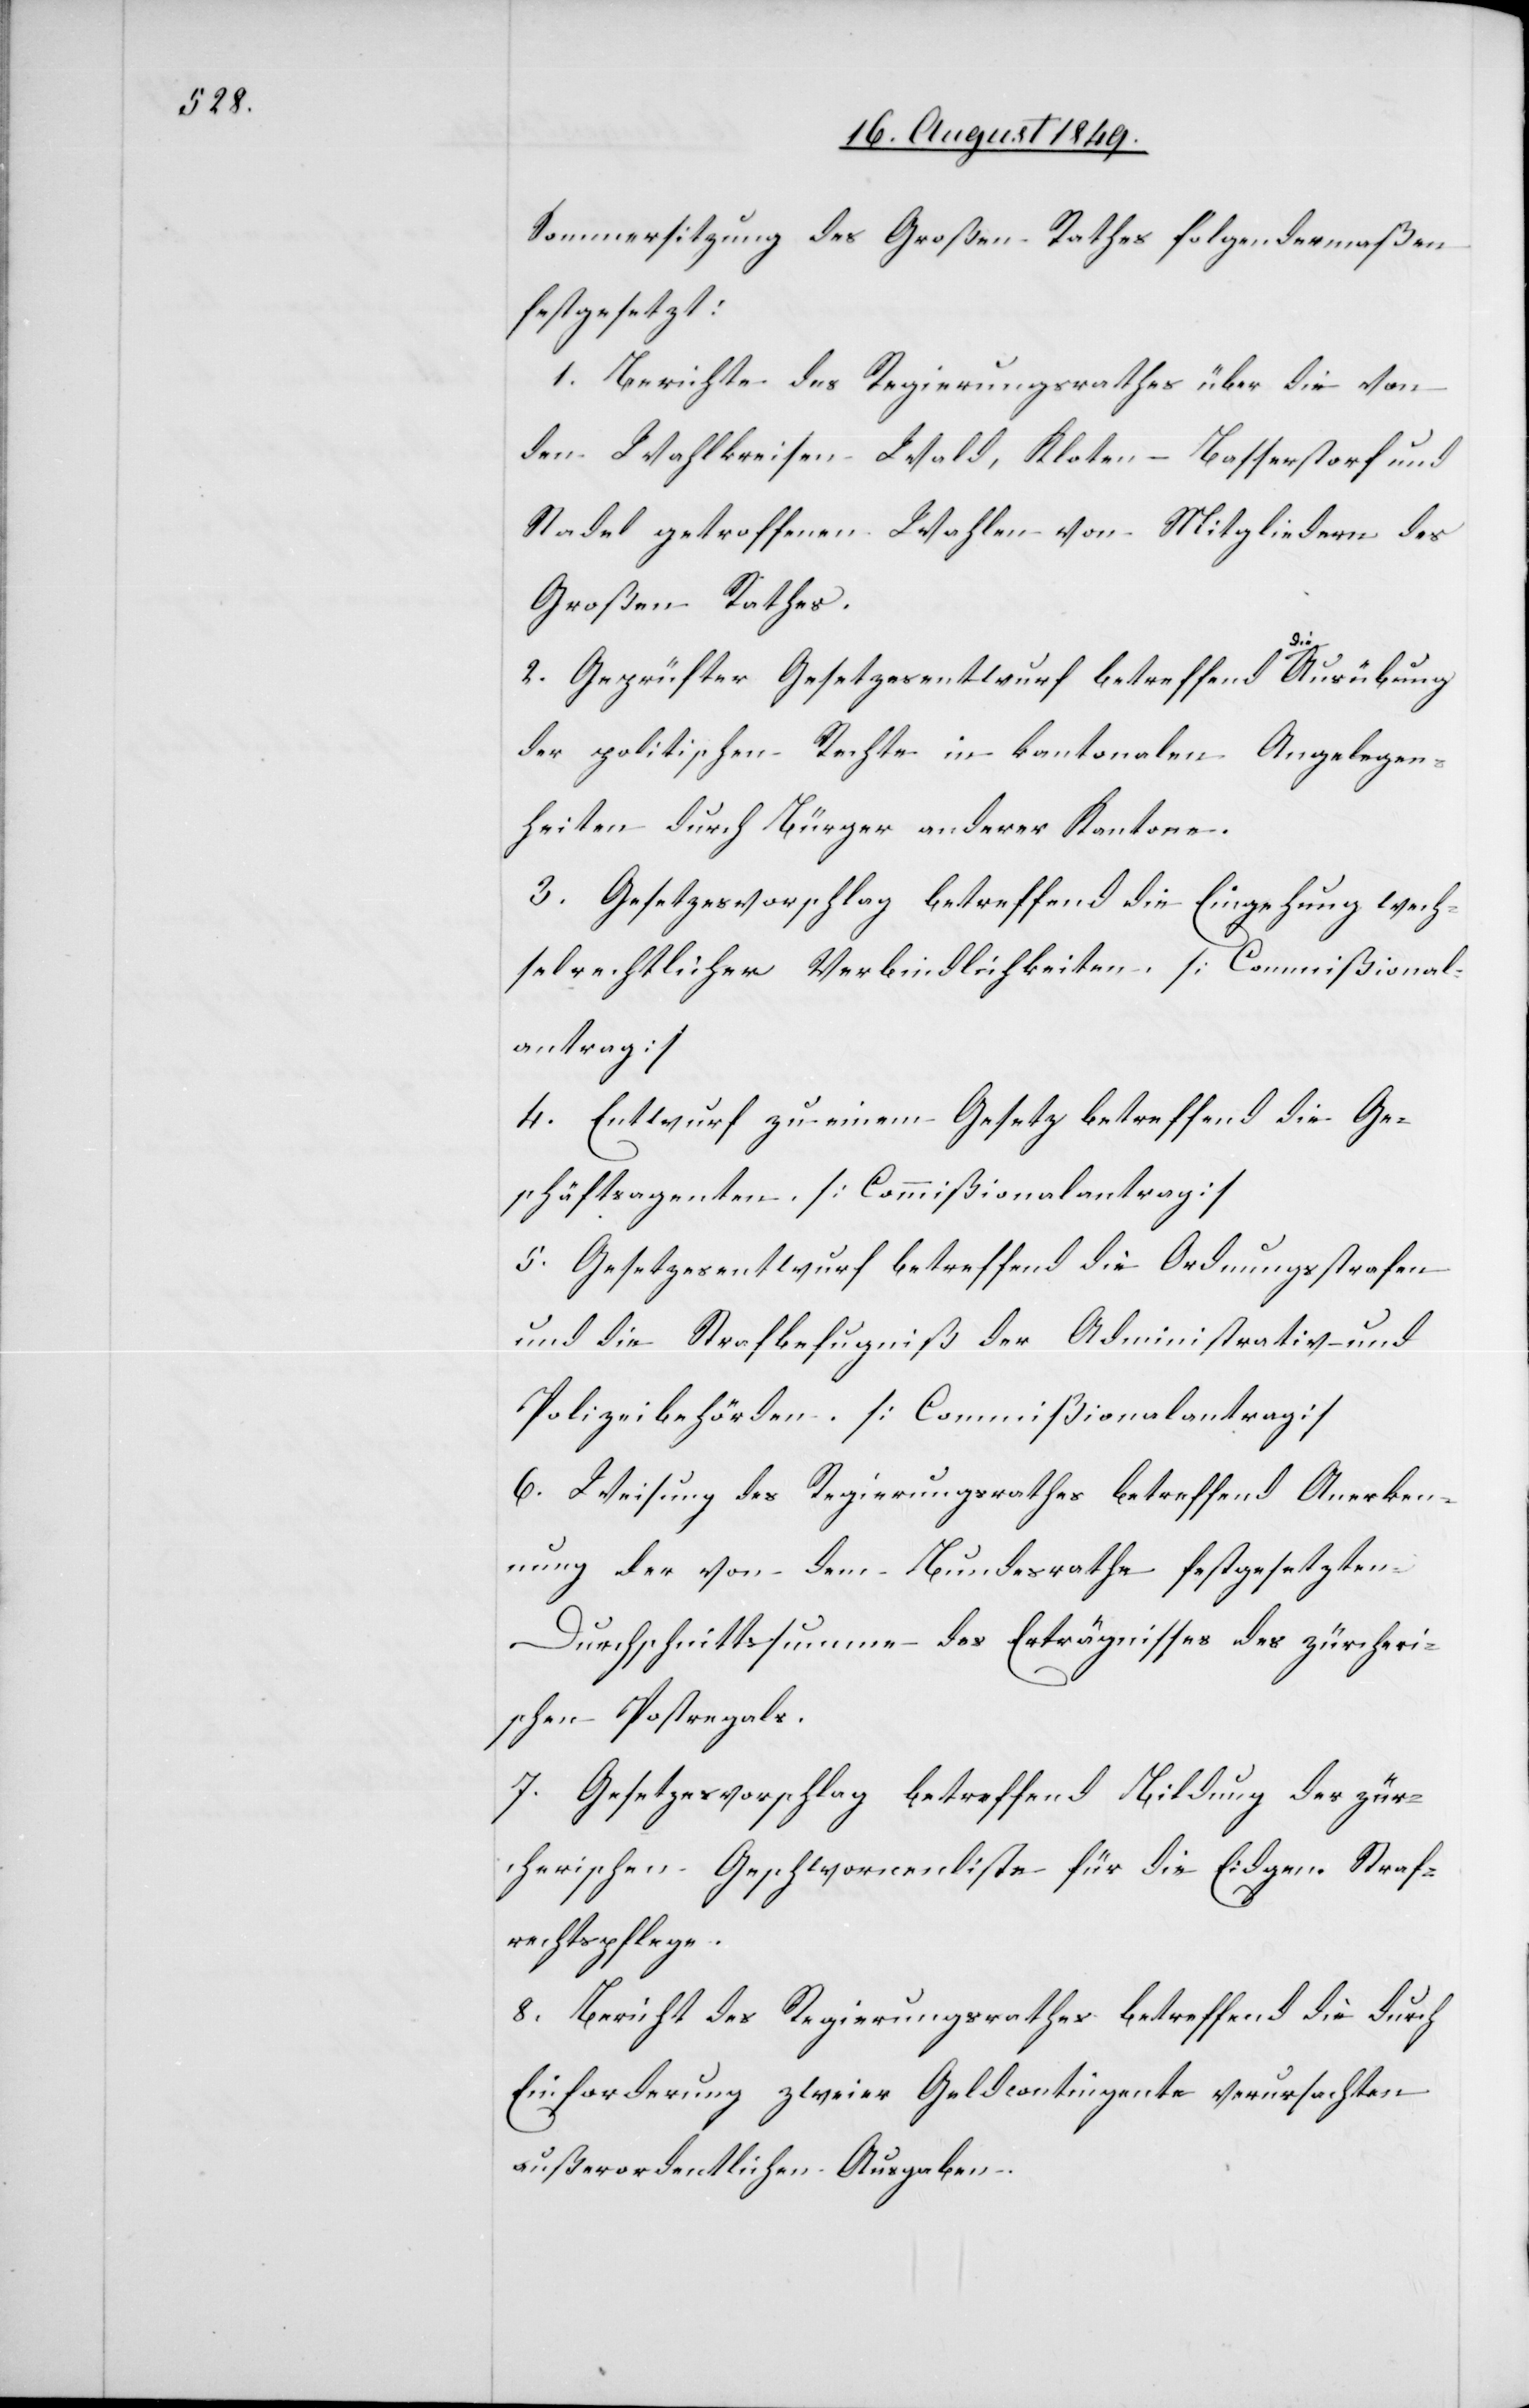
Sommersitzung des Großen Rathes folgendermaßen
festgesetzt:
1. Berichte des Regierungsrathes über die von
den Wahlkreisen Wald, Kloten-Basserstorf und
Stadel getroffenen Wahlen von Mitgliedern des
Großen Rathes.
2. Geprüfter Gesetzesentwurf betreffend a-die-a
der politischen Rechte in kantonalen Angelegen¬
heiten durch Bürger anderer Kantone.
3. Gesetzesvorschlag betreffend die Eingehung wech¬
selrechtlicher Verbindlichkeiten. [Commißional¬
antrag]
4. Entwurf zu einem Gesetz betreffend die Ge¬
schäftsagenten [Commißionalantrag]
5. Gesetzesentwurf betreffend die Ordnungsstrafen
und die Strafbefugniß der Administrativ- und
Polizeibehörden. [Commissionalantrag]
6. Weisung des Regierungsrathes betreffend Anerken¬
nung der von dem Bundesrathe festgesetzten
Durchschnittssumme des Erträgnisses des zürcheri¬
schen Postregals.
7. Gesetzesvorschlag betreffend Bildung der zür¬
cherischen Geschwornenliste für die Eidgen. Straf¬
rechtspflege.
8. Bericht des Regierungsrathes betreffend die durch
Einforderung zweier Geldcontingente verursachten
außerordentlichen Ausgaben.